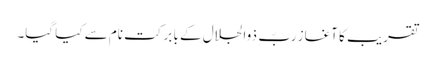
تقریب کا آغاز ربّ ِ ذوالجلال کے با برکت نام سے کیا گیا۔